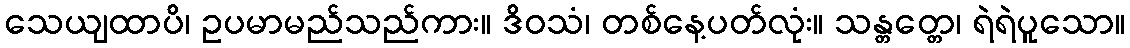
သေယျထာပိ၊ ဥပမာမည်သည်ကား။ ဒိဝသံ၊ တစ်နေ့ပတ်လုံး။ သန္တတ္တေ၊ ရဲရဲပူသော။